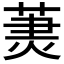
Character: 𦳒